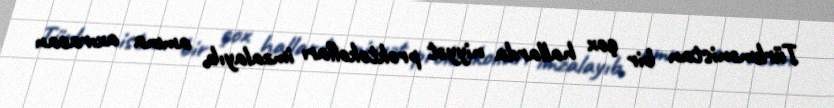
Türkmənistan bir çox hallarda niyyət proktokolları imzalayıb, amma axıracan